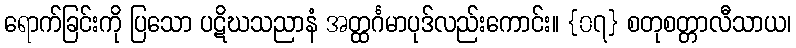
ရောက်ခြင်းကို ပြသော ပဋိဃသညာနံ အတ္ထင်္ဂမာပုဒ်လည်းကောင်း။ {၀၇} စတုစတ္တာလီသာယ၊